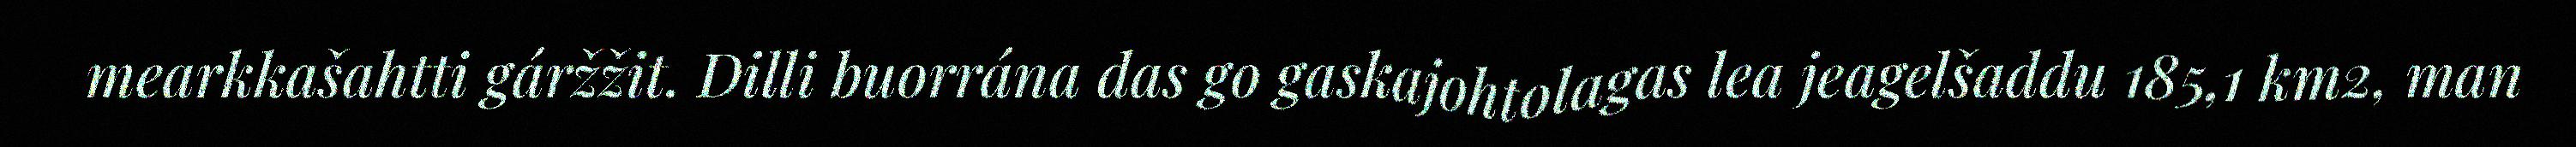
mearkkašahtti gáržžit. Dilli buorrána das go gaskajohtolagas lea jeagelšaddu 185,1 km2, man